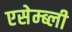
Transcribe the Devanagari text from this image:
एसेम्ब्ली